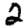
Digit: 2